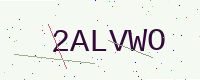
Text: 2ALVWO